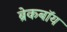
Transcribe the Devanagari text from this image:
ब्रेकबॉय